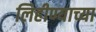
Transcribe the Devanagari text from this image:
लिहीण्याच्या